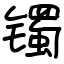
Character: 镯